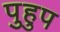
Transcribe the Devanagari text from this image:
पुहुप